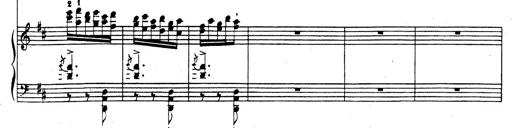
Title: Rhapsodie espagnole
Composer: Franz Liszt